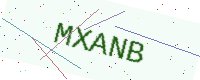
Text: MXANB